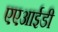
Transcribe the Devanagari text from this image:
एएआईडी